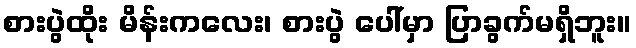
စားပွဲထိုး မိန်းကလေး၊ စားပွဲ ပေါ်မှာ ပြာခွက်မရှိဘူး။